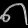
Digit: ၈